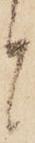
と